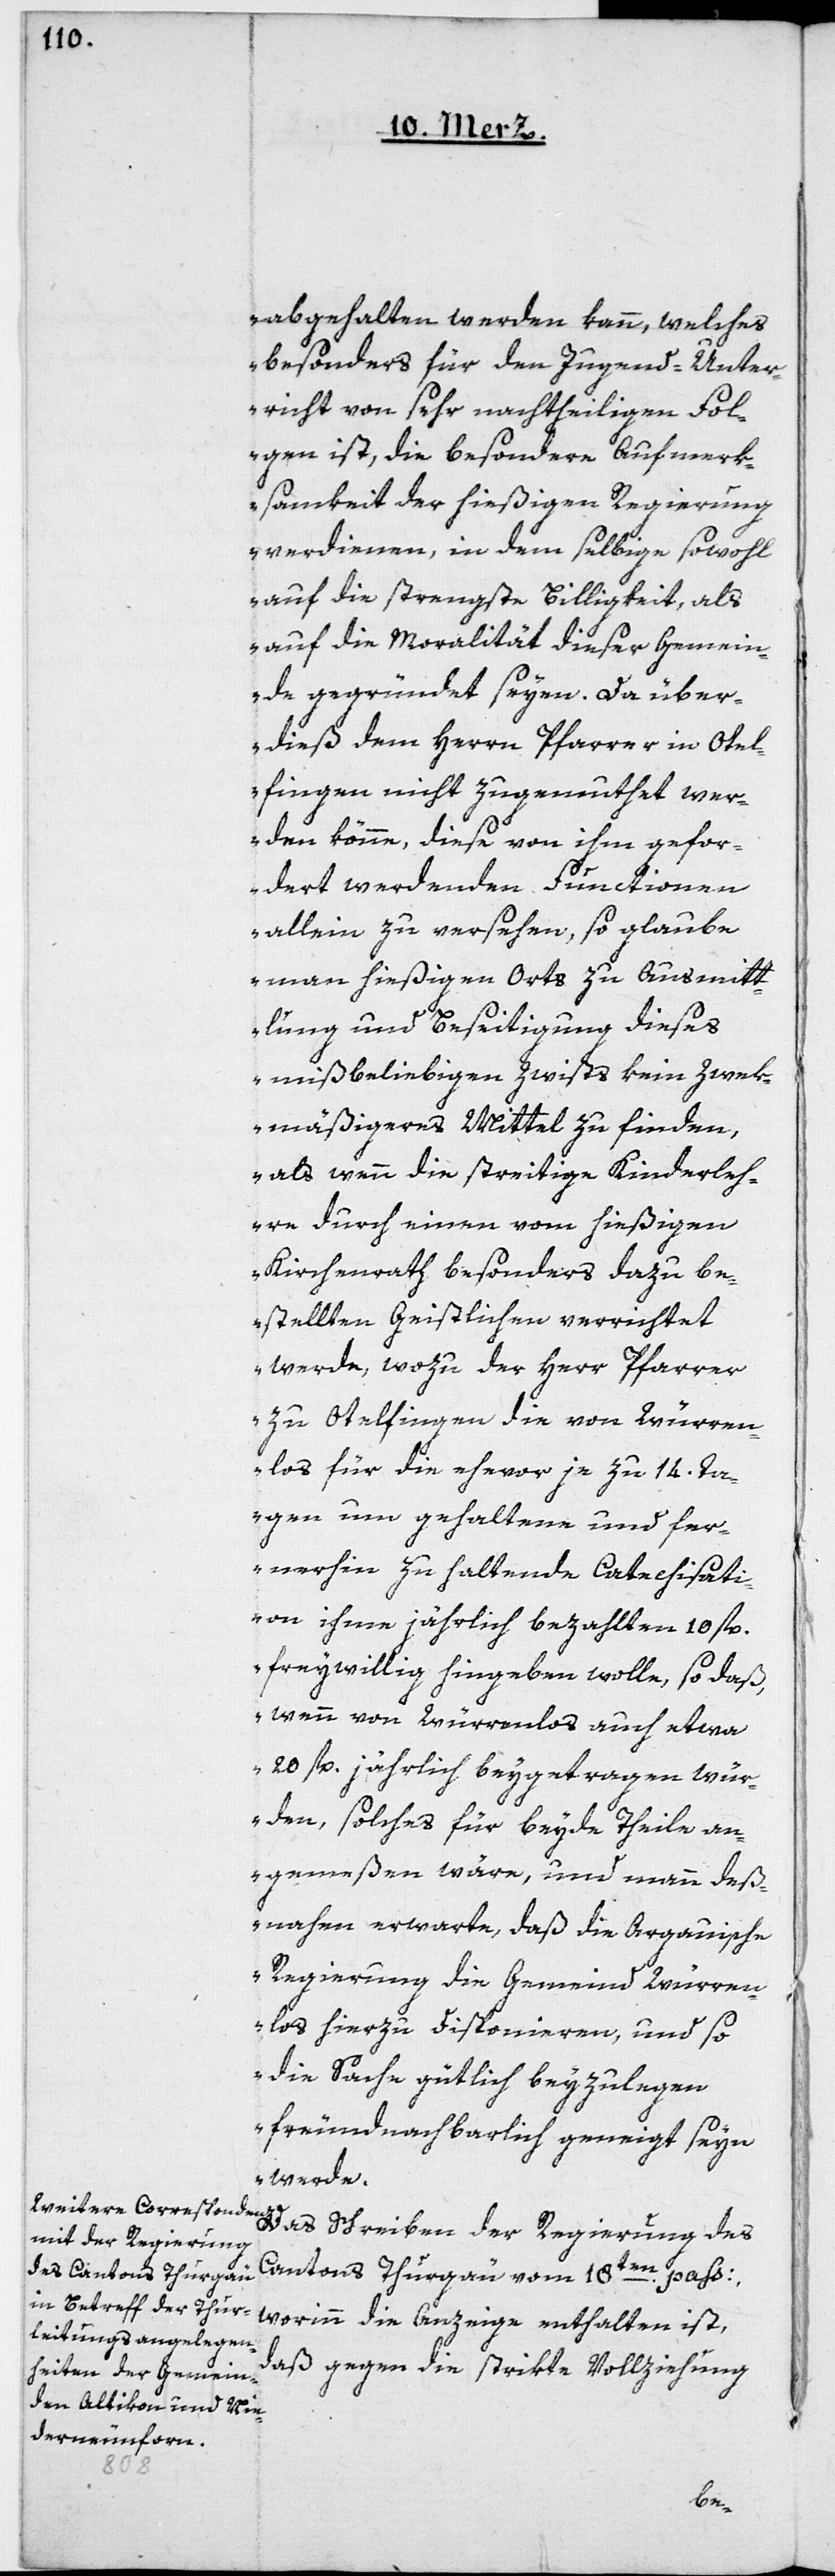
abgehalten werden kann, welches
besonders für den Jugend-Unter¬
richt von sehr nachtheiligen Fol¬
gen ist, die besondere Aufmerk¬
samkeit der hießigen Regierung
verdienen, in dem selbige sowohl
auf die strengste Billigkeit, als
auf die Moralität dieser Gemein¬
de gegründet seyen. Da über¬
dieß dem Herrn Pfarrer in Otel¬
fingen nicht zugemuthet wer¬
den könne, diese von ihm gefor¬
dert werdenden Functionen
allein zu versehen, so glaube
man hießigen Orts zu Ausmitt¬
lung und Beseitigung dieses
mißbeliebigen Zwists kein zwek¬
mäßigeres Mittel zu finden,
als wenn die streitige Kinderleh¬
re durch einen vom hießigen
Kirchenrath besonders dazu be¬
stellten Geistlichen errichtet
werde, wozu der Herr Pfarrer
zu Otelfingen die von Würren¬
los für die ehevor je zu 14 . Ta¬
gen um gehaltene und fer¬
nerhin zu haltende Catechisati¬
on ihme jährlich bezahlten 10 fl.
freiwillig hingeben wolle, so daß,
wenn von Würrenlos auch etwa
20 fl. jährlich beygetragen wür¬
den, solches für beyde Theile an¬
gemeßen wäre, und mann deß¬
nahen erwarte, daß die Argauische
Regierung die Gemeind Würren¬
los hierzu disponieren, und so
die Sache gütlich beyzulegen
freundnachbarlich geneigt seyn
Das Schreiben der Regierung des
Cantons Thurgau vom 18ten pass:,
worinn die Anzeige enthalten ist,
daß gegen die strikte Vollziehung